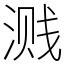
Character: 溅